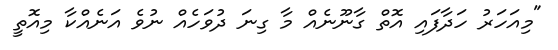
"މިއަހަރު ހަދާފައި އޮތް ގާނޫނެއް މާ ގިނަ ދުވަހެއް ނުވެ އަނެއްކާ މިއޮތީ